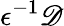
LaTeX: \epsilon^{-1}\mathscr{D}